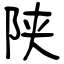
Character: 陕